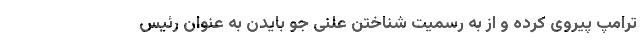
ترامپ پیروی کرده و از به رسمیت شناختن علنی جو بایدن به عنوان رئیس